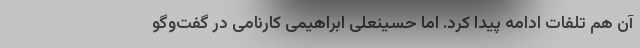
آن هم تلفات ادامه پیدا کرد. اما حسینعلی ابراهیمی کارنامی در گفت‌وگو